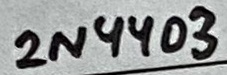
Text: 2N4403